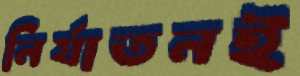
নির্যাতনই